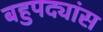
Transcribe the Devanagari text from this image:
बहुपद्यांस